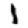
Digit: 1